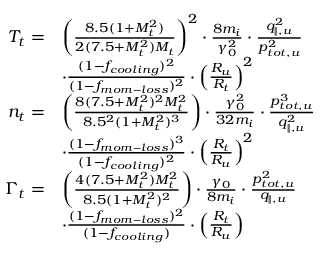
\begin{array} { r l } { T _ { t } = } & { \left( \frac { 8 . 5 ( 1 + M _ { t } ^ { 2 } ) } { 2 ( 7 . 5 + M _ { t } ^ { 2 } ) M _ { t } } \right) ^ { 2 } \cdot \frac { 8 m _ { i } } { \gamma _ { 0 } ^ { 2 } } \cdot \frac { q _ { \parallel , u } ^ { 2 } } { p _ { t o t , u } ^ { 2 } } } \\ & { \cdot \frac { ( 1 - f _ { c o o l i n g } ) ^ { 2 } } { ( 1 - f _ { m o m - l o s s } ) ^ { 2 } } \cdot \left( \frac { R _ { u } } { R _ { t } } \right) ^ { 2 } } \\ { n _ { t } = } & { \left( \frac { 8 ( 7 . 5 + M _ { t } ^ { 2 } ) ^ { 2 } M _ { t } ^ { 2 } } { 8 . 5 ^ { 2 } ( 1 + M _ { t } ^ { 2 } ) ^ { 3 } } \right) \cdot \frac { \gamma _ { 0 } ^ { 2 } } { 3 2 m _ { i } } \cdot \frac { p _ { t o t , u } ^ { 3 } } { q _ { \parallel , u } ^ { 2 } } } \\ & { \cdot \frac { ( 1 - f _ { m o m - l o s s } ) ^ { 3 } } { ( 1 - f _ { c o o l i n g } ) ^ { 2 } } \cdot \left( \frac { R _ { t } } { R _ { u } } \right) ^ { 2 } } \\ { \Gamma _ { t } = } & { \left( \frac { 4 ( 7 . 5 + M _ { t } ^ { 2 } ) M _ { t } ^ { 2 } } { 8 . 5 ( 1 + M _ { t } ^ { 2 } ) ^ { 2 } } \right) \cdot \frac { \gamma _ { 0 } } { 8 m _ { i } } \cdot \frac { p _ { t o t , u } ^ { 2 } } { q _ { \parallel , u } } } \\ & { \cdot \frac { ( 1 - f _ { m o m - l o s s } ) ^ { 2 } } { ( 1 - f _ { c o o l i n g } ) } \cdot \left( \frac { R _ { t } } { R _ { u } } \right) } \end{array}